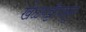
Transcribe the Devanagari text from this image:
खेळपट्टीपासून